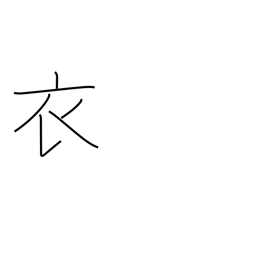
Meaning: garment